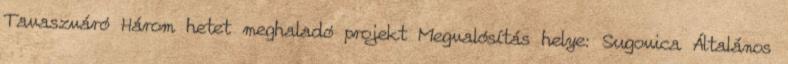
Tavaszváró Három hetet meghaladó projekt Megvalósítás helye: Sugovica Általános